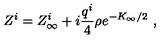
Z ^ { i } = Z _ { \infty } ^ { i } + i { \frac { q ^ { i } } { 4 } } \rho e ^ { - K _ { \infty } / 2 } \ ,